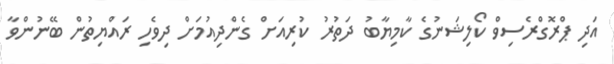
އަދި ޕްރޮގްރެސިވް ކޯލިޝަނުގެ ކާމިޔާބު ދަތުރު ކުރިއަށް ގެންދިއުމަށް ދިވެހި ރައްޔިތުން ބޭނުންވާ